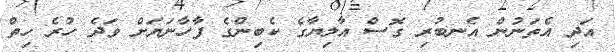
އަދި އެތަނުން އެނބުރި ގޮސް އާލިޔާގެ ކެބިންގެ ފާހާނަޔަށް ވަދެ ހުރެ ހިތް